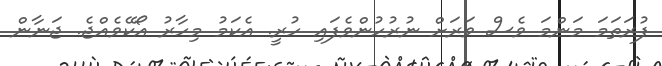
ފުރަތަމަ މަންމަ ވެސް ވަރަށް ނުރުހުންވެފައި ހުރީ. އެކަމު މިހާރު އޯކޭވެއްޖެ. ޖަނާން